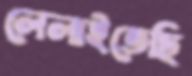
লেলাইতেছি